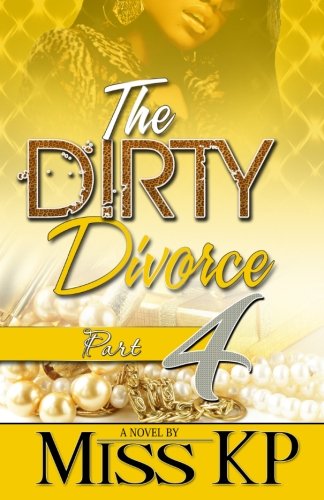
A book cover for Dirty Divorce part 4 (The Dirty Divorce) (Volume 4); Miss KP; Literature & Fiction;